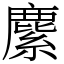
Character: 𦄐